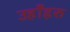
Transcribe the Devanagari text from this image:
उहाँहरु